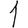
Digit: 1